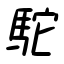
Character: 駝